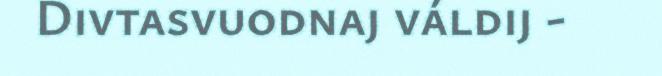
Divtasvuodnaj váldij -